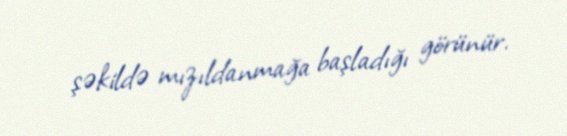
şəkildə mızıldanmağa başladığı görünür.